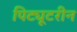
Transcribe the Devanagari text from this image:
पिट्यूटरीन